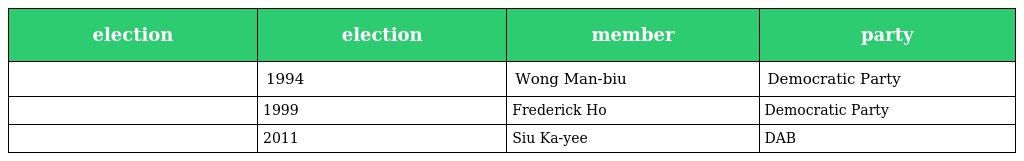
| election | election | member | party |
 | --- | --- | --- | --- |
 |  | 1994 | Wong Man-biu | Democratic Party |
 |  | 1999 | Frederick Ho | Democratic Party |
 |  | 2011 | Siu Ka-yee | DAB |